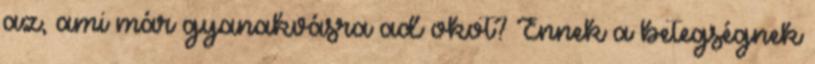
az, ami már gyanakvásra ad okot? Ennek a betegségnek